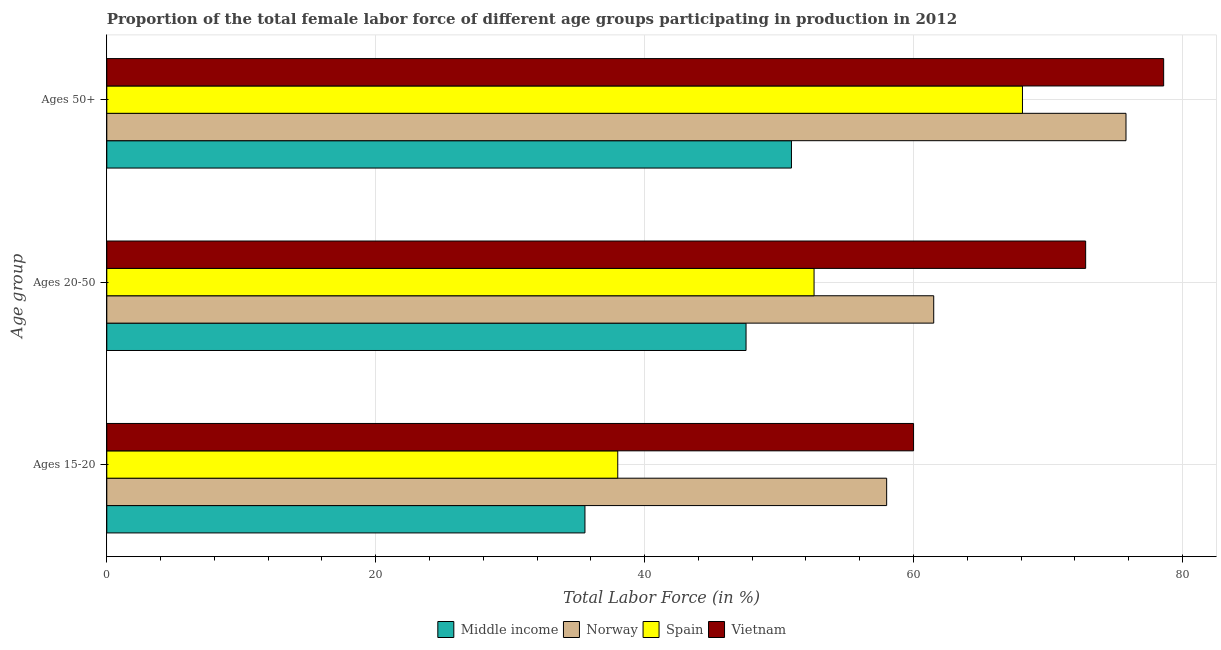
| Age group | Middle income | Norway | Spain | Vietnam |
 | --- | --- | --- | --- | --- |
 | Ages 15-20 | 35.6 | 58 | 38 | 60 |
 | Ages 20-50 | 47.5 | 61.5 | 52.6 | 72.8 |
 | Ages 50+ | 50.9 | 75.8 | 68.1 | 78.6 |